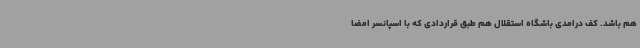
هم باشد. کف درامدی باشگاه استقلال هم طبق قراردادی که با اسپانسر امضا